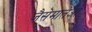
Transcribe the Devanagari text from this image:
जैसेमातेओ